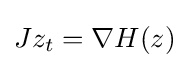
Jz_{t}=\nabla H(z)